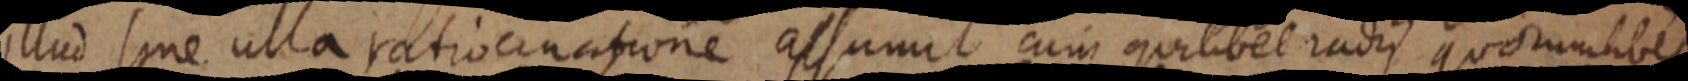
illud sine ulla ratio cinatione assumit cum quilibet radius quorumlibet